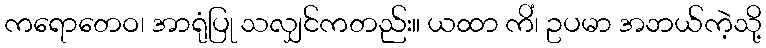
ကရောတေဝ၊ အာရုံပြု သလျှင်ကတည်း။ ယထာ ကိံ၊ ဥပမာ အဘယ်ကဲ့သို့